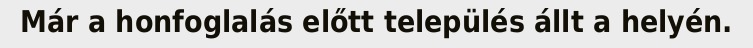
Már a honfoglalás előtt település állt a helyén.